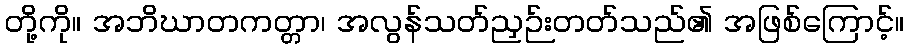
တို့ကို။ အဘိဃာတကတ္တာ၊ အလွန်သတ်ညှဉ်းတတ်သည်၏ အဖြစ်ကြောင့်။